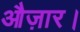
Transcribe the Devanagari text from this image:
औज़ार।